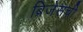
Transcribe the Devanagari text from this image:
ब्रिजेसची